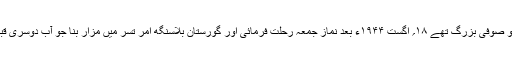
آپ نہایت نیک نفس، متقی، متورع و صوفی بزرگ تھے ۱۸؍ اگست ۱۹۴۴ء بعد نمازِ جمعہ رحلت فرمائی اور گورستانِ بلاسنگھ امر تسر میں مزار بنا جو آب دوسری قبروں کے ساتھ ہموار کیا جاچکا ہے۔